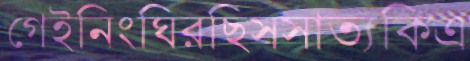
গেইনিংঘিরছিসসাত্যকিএ